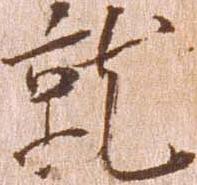
就